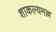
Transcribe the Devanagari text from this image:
शाकल्यमल्ल